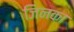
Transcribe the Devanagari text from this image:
जिनका